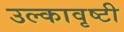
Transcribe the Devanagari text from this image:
उल्कावृष्टी